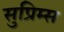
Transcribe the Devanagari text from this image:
सुप्रिम्स